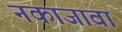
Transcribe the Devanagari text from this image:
नकाजावा